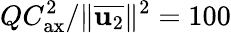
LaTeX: QC_{\mathrm{ax}}^{2}/\Vert\overline{{\mathbf{u}_{2}}}\Vert^{2}=100